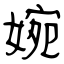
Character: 婉